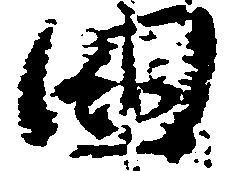
国